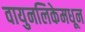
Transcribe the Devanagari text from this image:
वायुनलिकेमधून